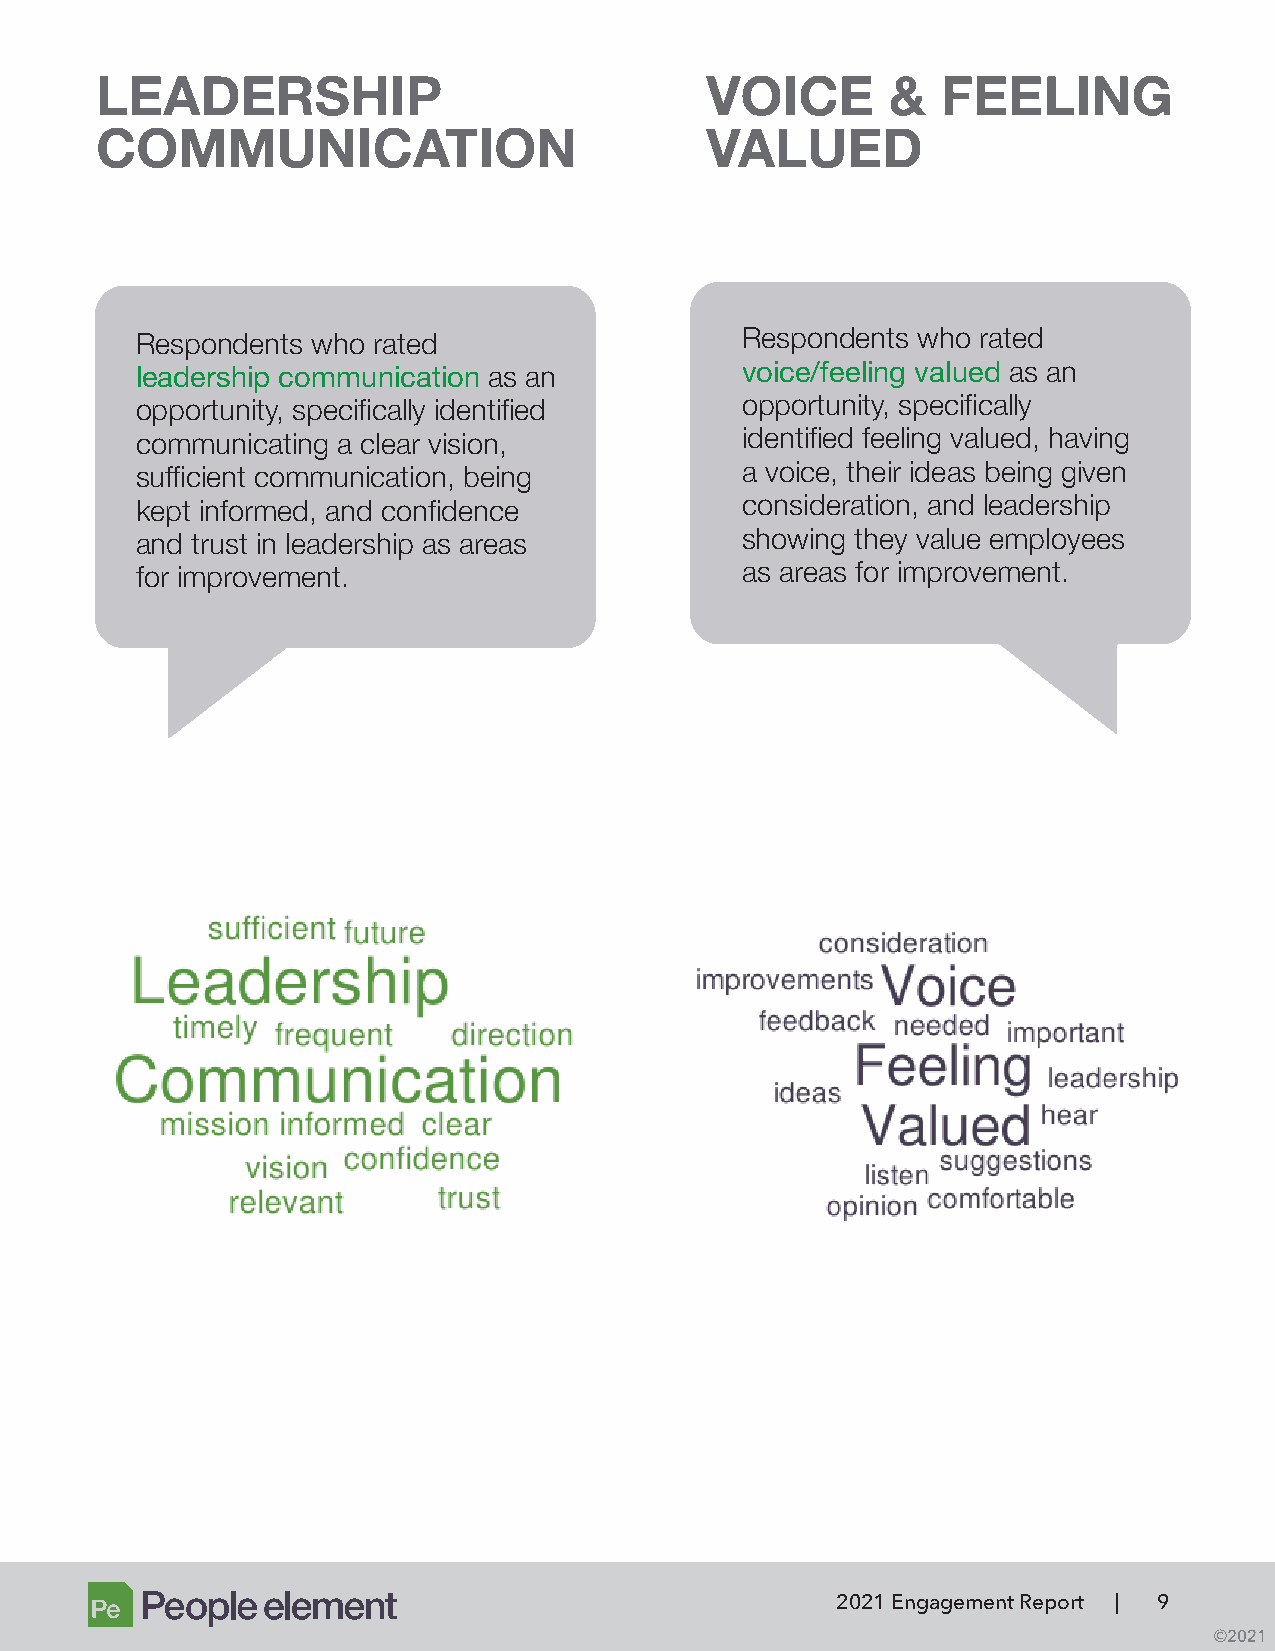
LEADERSHIP                               VOICE       &  FEELING
 COMMUNICATION                            VALUED
 Respondents who rated                   Respondents who rated
 leadership communication as an          voice/feeling valued as an
 opportunity, specifically identified    opportunity, specifically
 communicating a clear vision,           identified feeling valued, having
 sufficient communication, being         a voice, their ideas being given
 kept informed, and confidence           consideration, and leadership
 and trust in leadership as areas        showing they value employees
 for improvement.                        as areas for improvement.
 2021 Engagement Report | 9
 ©2021